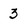
Character: 3